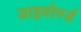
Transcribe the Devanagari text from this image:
डाइवोर्स्ड